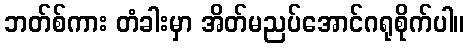
ဘတ်စ်ကား တံခါးမှာ အိတ်မညပ်အောင်ဂရုစိုက်ပါ။